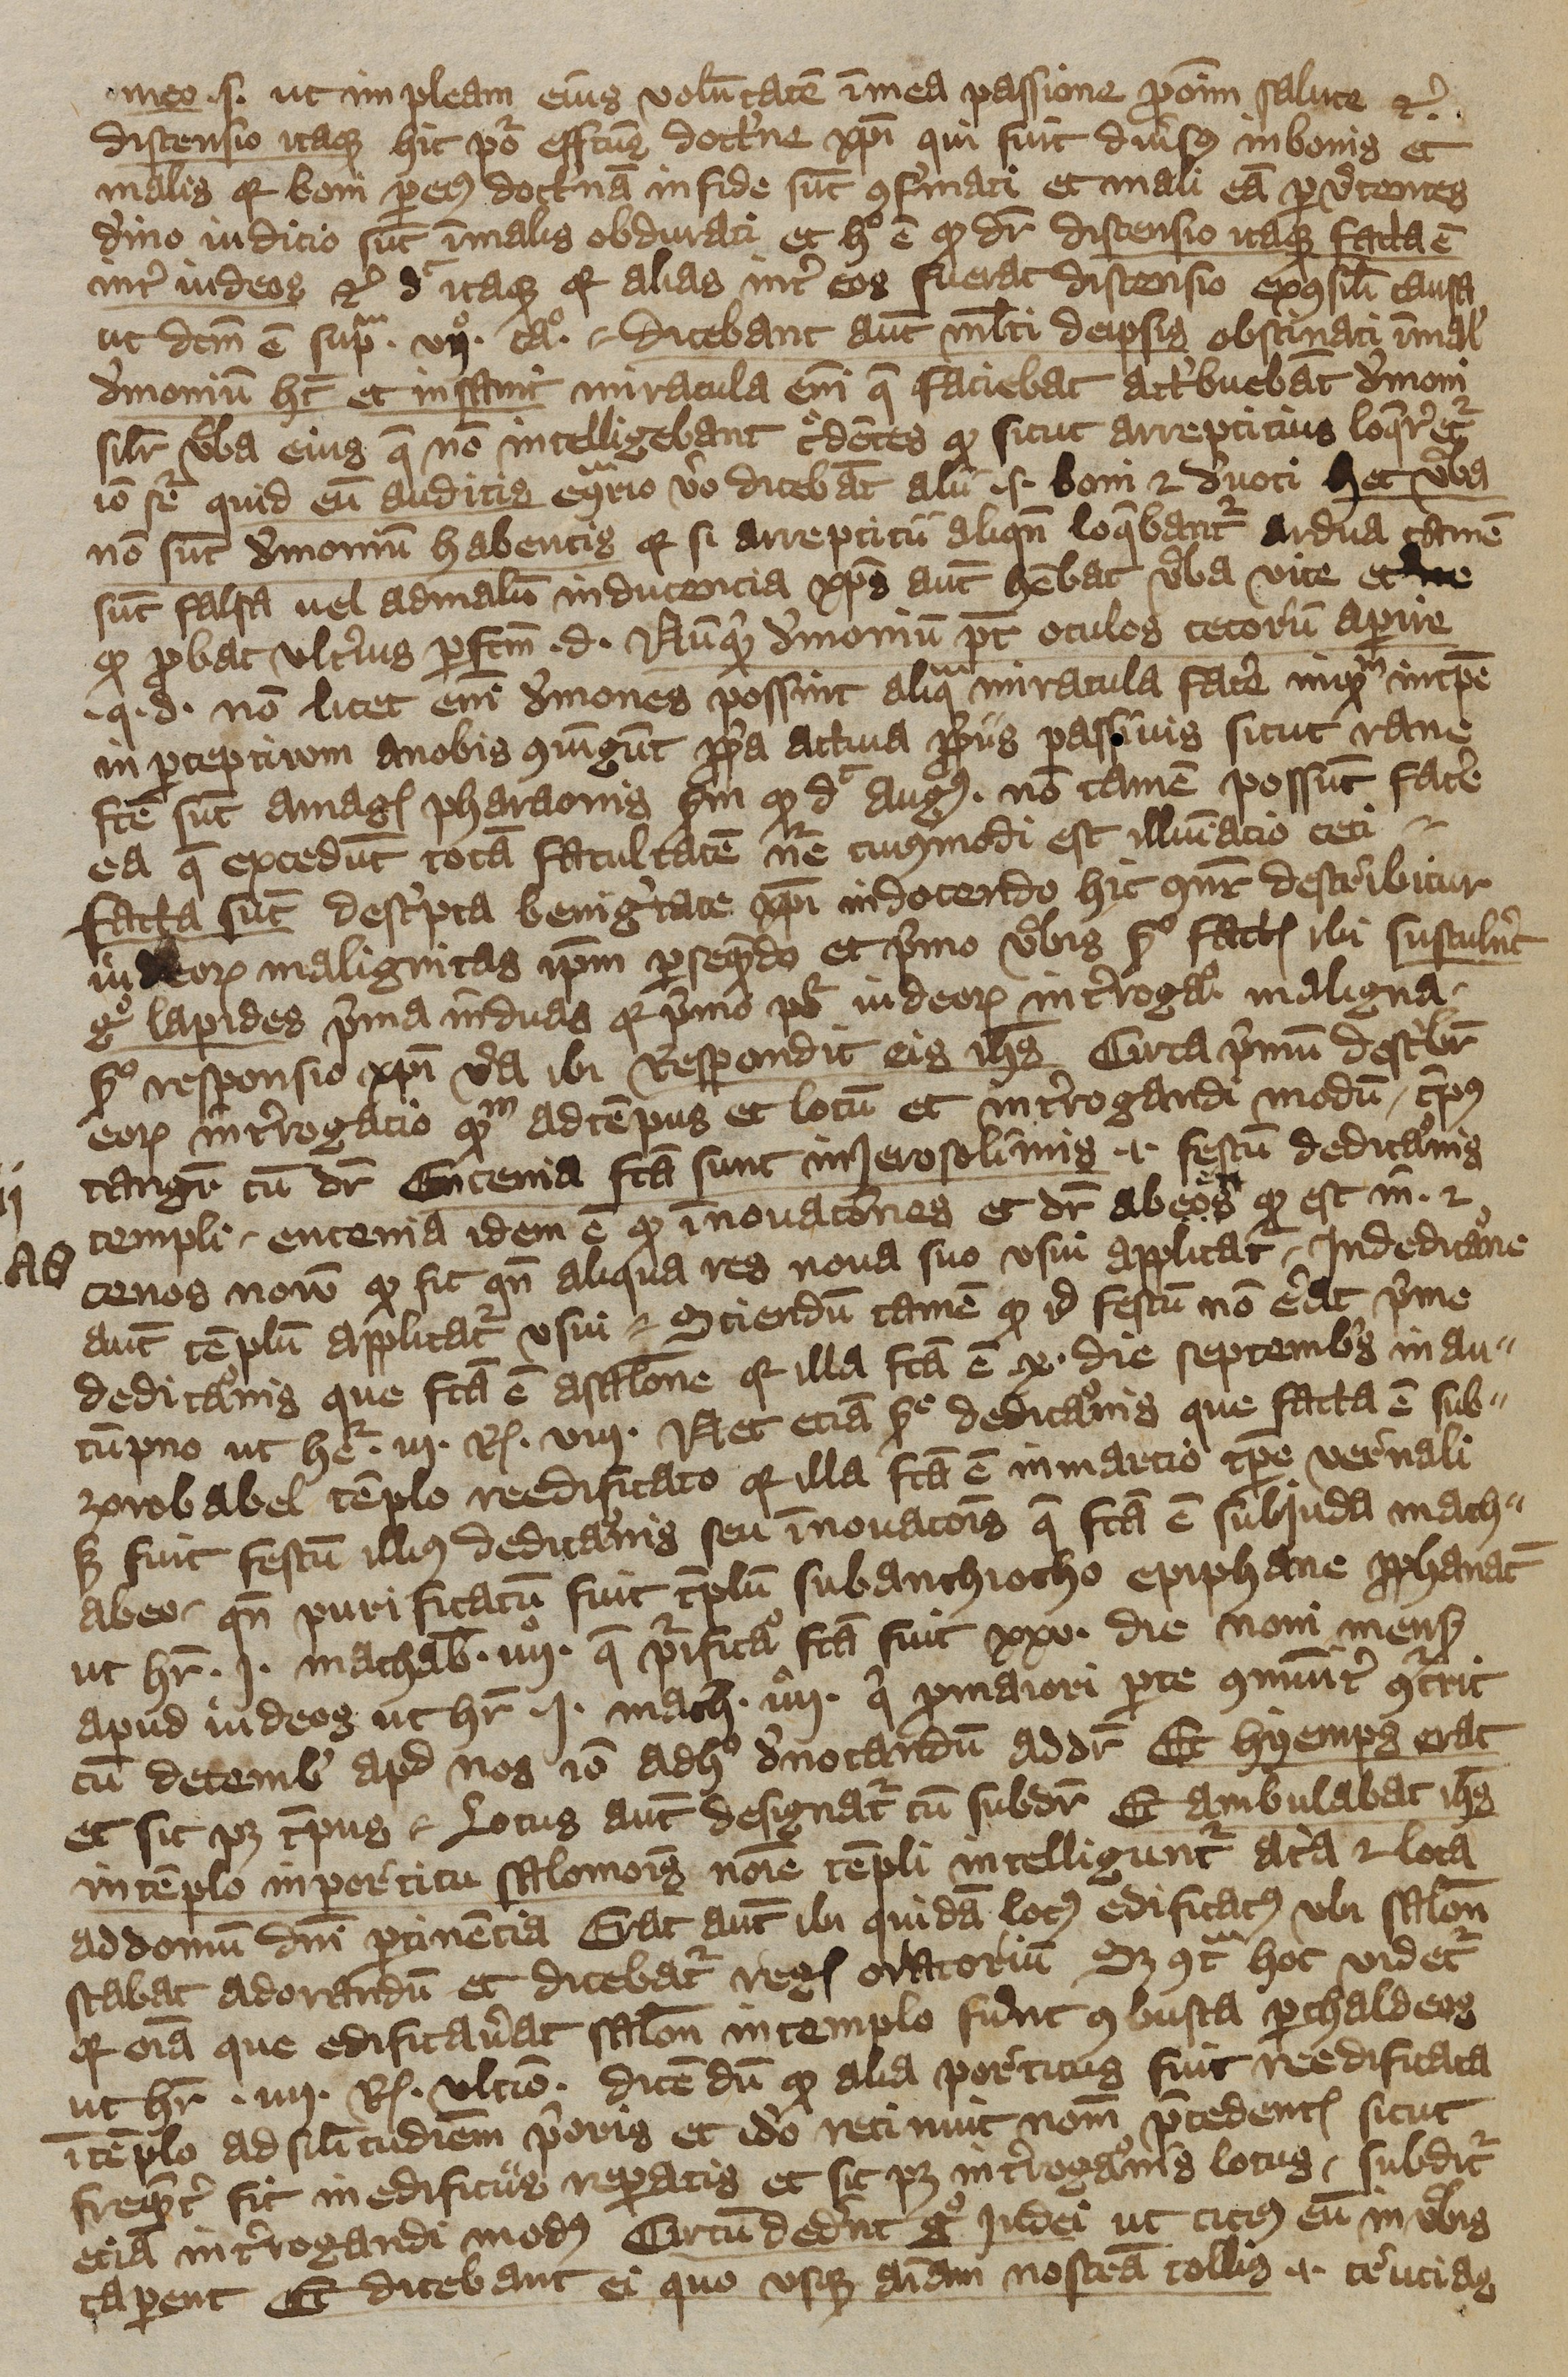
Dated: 1392–1393